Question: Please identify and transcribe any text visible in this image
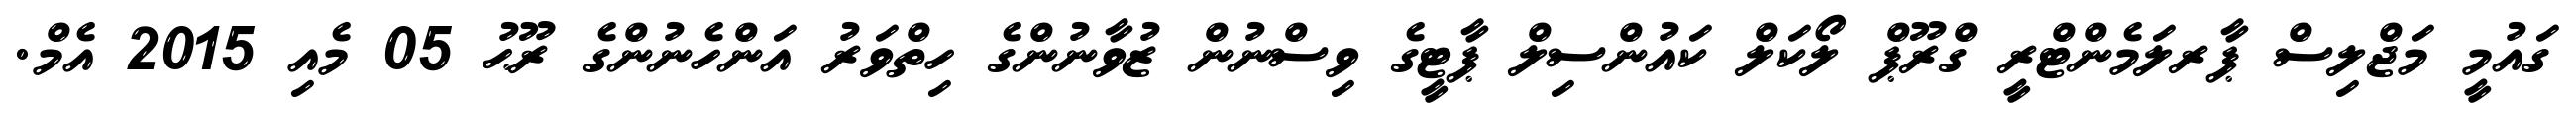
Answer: ގައުމީ މަޖްލިސް ޕާރލަމެންޓްރީ ގްރޫޕް ލޯކަލް ކައުންސިލް ޕާޓީގެ ވިސްނުން ޒުވާނުންގެ ހިތްވަރު އަންހެނުންގެ ރޫޙު 05 މެއި 2015 އެމް.